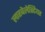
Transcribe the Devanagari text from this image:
लारबेलेस्टियर